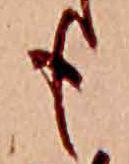
も